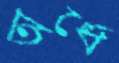
অর্ধে